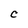
Character: C